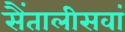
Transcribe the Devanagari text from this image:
सैंतालीसवां